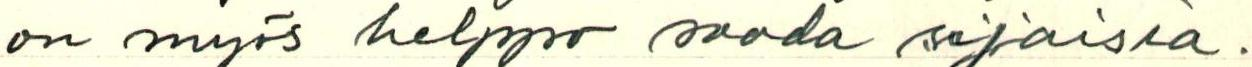
on myös helppo saada sijaisia.